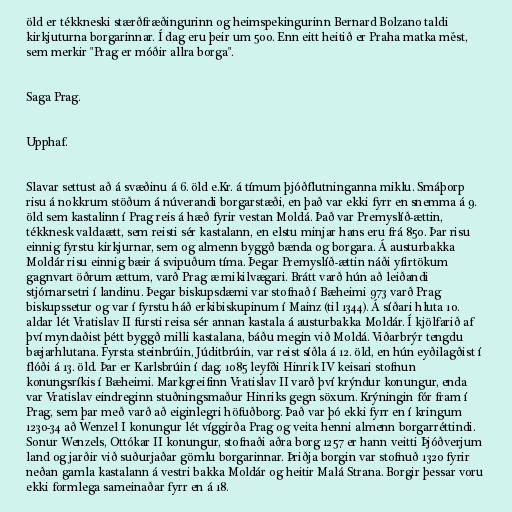
öld er tékkneski stærðfræðingurinn og heimspekingurinn Bernard Bolzano taldi
kirkjuturna borgarinnar. Í dag eru þeir um 500. Enn eitt heitið er Praha matka měst,
sem merkir "Prag er móðir allra borga".

Saga Prag.

Upphaf.

Slavar settust að á svæðinu á 6. öld e.Kr. á tímum þjóðflutninganna miklu. Smáþorp
risu á nokkrum stöðum á núverandi borgarstæði, en það var ekki fyrr en snemma á 9.
öld sem kastalinn í Prag reis á hæð fyrir vestan Moldá. Það var Premyslíð-ættin,
tékknesk valdaætt, sem reisti sér kastalann, en elstu minjar hans eru frá 850. Þar risu
einnig fyrstu kirkjurnar, sem og almenn byggð bænda og borgara. Á austurbakka
Moldár risu einnig bæir á svipuðum tíma. Þegar Premyslíð-ættin náði yfirtökum
gagnvart öðrum ættum, varð Prag æ mikilvægari. Brátt varð hún að leiðandi
stjórnarsetri í landinu. Þegar biskupsdæmi var stofnað í Bæheimi 973 varð Prag
biskupssetur og var í fyrstu háð erkibiskupinum í Mainz (til 1344). Á síðari hluta 10.
aldar lét Vratislav II fursti reisa sér annan kastala á austurbakka Moldár. Í kjölfarið af
því myndaðist þétt byggð milli kastalana, báðu megin við Moldá. Viðarbrýr tengdu
bæjarhlutana. Fyrsta steinbrúin, Júditbrúin, var reist síðla á 12. öld, en hún eyðilagðist í
flóði á 13. öld. Þar er Karlsbrúin í dag. 1085 leyfði Hinrik IV keisari stofnun
konungsríkis í Bæheimi. Markgreifinn Vratislav II varð því krýndur konungur, enda
var Vratislav eindreginn stuðningsmaður Hinriks gegn söxum. Krýningin fór fram í
Prag, sem þar með varð að eiginlegri höfuðborg. Það var þó ekki fyrr en í kringum
1230-34 að Wenzel I konungur lét víggirða Prag og veita henni almenn borgarréttindi.
Sonur Wenzels, Ottókar II konungur, stofnaði aðra borg 1257 er hann veitti Þjóðverjum
land og jarðir við suðurjaðar gömlu borgarinnar. Þriðja borgin var stofnuð 1320 fyrir
neðan gamla kastalann á vestri bakka Moldár og heitir Malá Strana. Borgir þessar voru
ekki formlega sameinaðar fyrr en á 18.